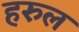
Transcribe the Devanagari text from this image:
हरुल